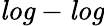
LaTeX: \mathit{log}-\mathit{log}